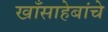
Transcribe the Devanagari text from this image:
खाँसाहेबांचे